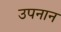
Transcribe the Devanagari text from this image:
उपनान